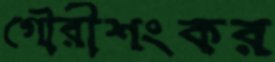
গৌরীশংকর